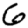
Digit: 6